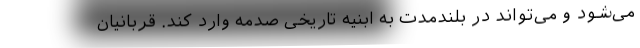
می‌شود و می‌تواند در بلندمدت به ابنیه تاریخی صدمه وارد کند. قربانیان